Tartu_Muinsuskaitse_Uhendus, lk 4
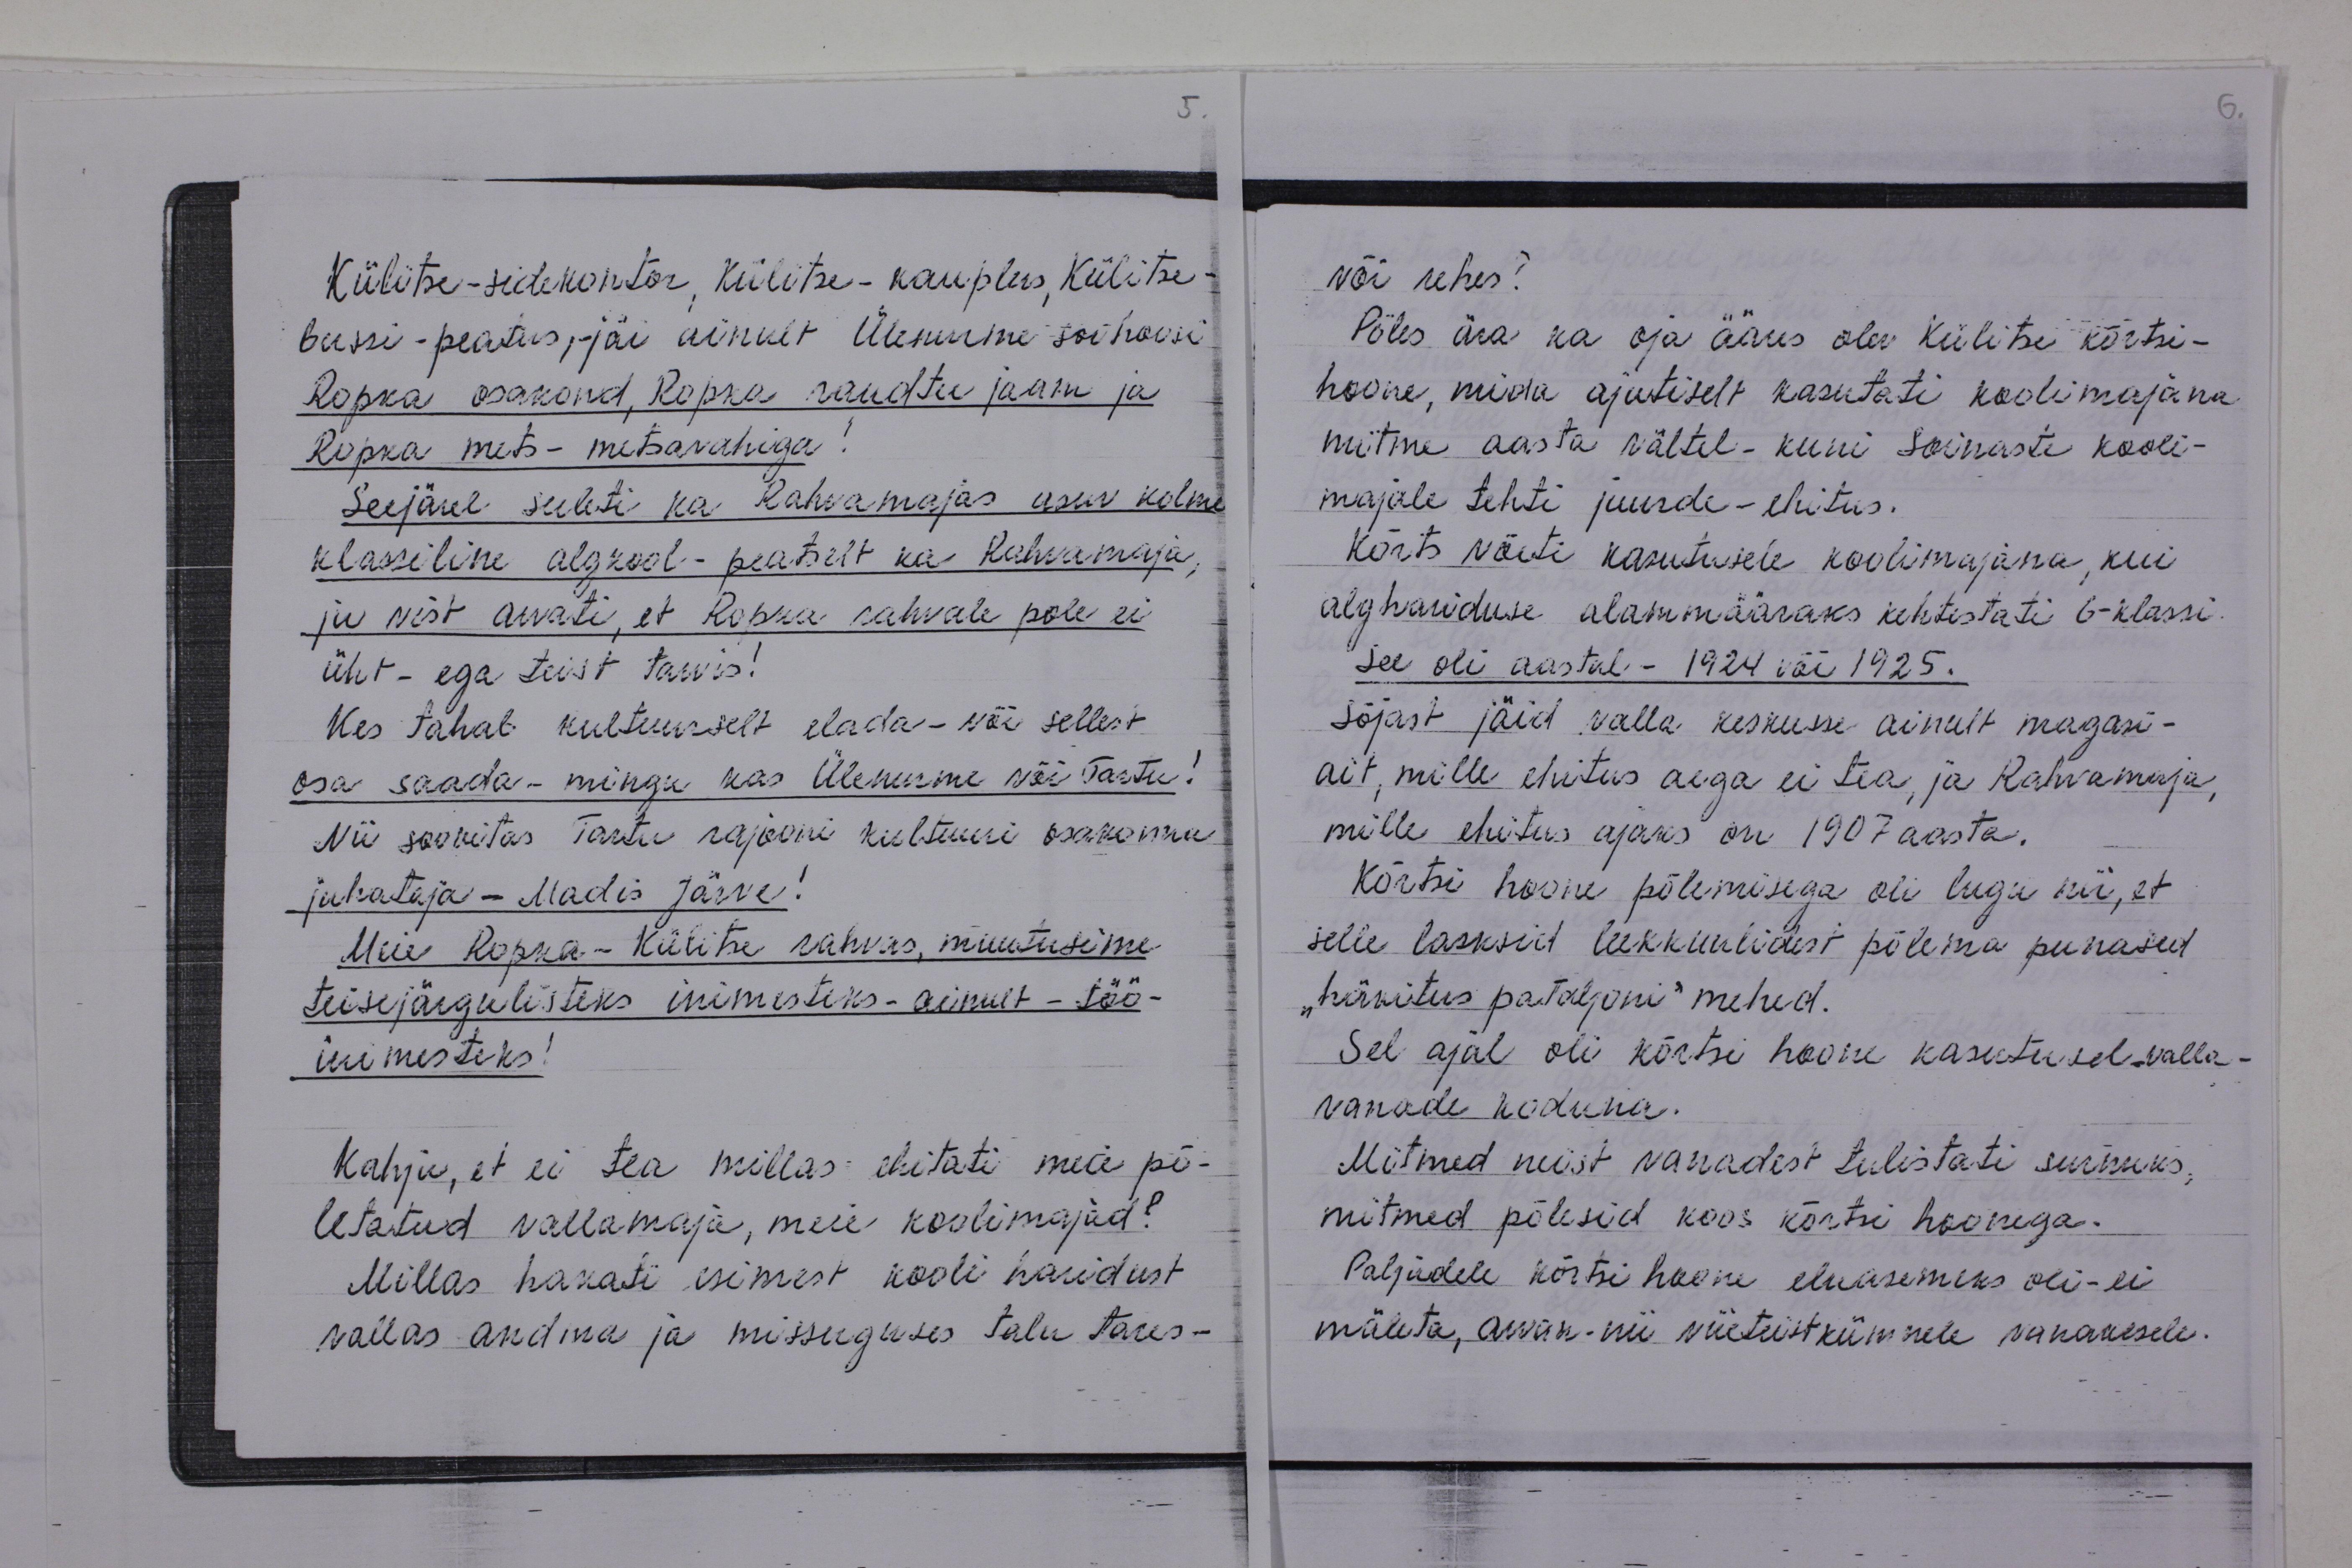
Külitse-sidekontor, Külitse - kauplus, Külitse -
bussi-peatus,- jäi ainult Ülenurme sovhoosi
Ropka osakond, Ropka raudtee jaam ja
Ropka mets-metsavahiga
Seejärel suleti ka Rahvamajas asuv kolme
klassiline algkool-peatselt ka Rahvamaja,
ju vist arvati, et Ropka rahvale pole ei
üht - ega teist tarvis!
Kes tahab kultuurselt elada - või sellest,
osa saada-mingu kas Ülenurme või Tartu!
Nii soovitas Tartu rajooni kultuuri osakonna
juhataja - Madis Järve!
Meie Ropka-Külitse rahvas, muutusime
teise järgulisteks inimesteks - ainult - töö-
inimesteks!
Kahju, et ei tea millas ehitati meie põ-
letatud vallamaja, meie koolimajad?
Millas hakati esimest kooli haridust
vallas andma ja missuguses talu tares-

või rehes?
Põles ära ka oja ääres olev Külitse kõrtsi-
hoone, mida ajutiselt kasutati koolimajana
mitme aasta vältel-kuni Soinaste kooli-
majale tehti juurde-ehitus.
Kõrts võeti kasutusele koolimajana, kui
alghariduse alammääraks kehtestati 6- klassi.
See oli aastal - 1924 väi 1925.
Sõjast jäid valla keskusse ainult magasi-
ait, mille ehitus aega ei tea, ja Rahvamaja,
mille ehitus ajaks on 1907 aasta.
Kõrtsi hoone põlemisega oli lugu nii, et
selle lasksid leekkuulidest põlema punased
"hävitus pataljoni" mehed.
Sel ajal oli kõrtsi hoone kasutusel valla-
vanade koduna.
Mitmed neist vanadest tulistati surnuks,
mitmed põlesid koos kõrtsi hoonega.
Paljudele kõrtsi hoone eluasemaks oli- ei
mäleta, arvan-nii viieteistkümnele vanakesele.